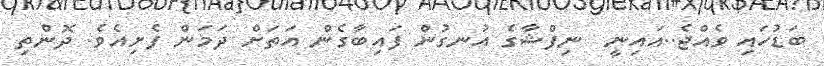
ބަޑުހައި ވެއްޖެ..އައިނީ  ނިފްޝާގެ އުނގުން ފައިބާގެން އަތަށް ދަމަން ފެށިއެވެ. ދޮންތި